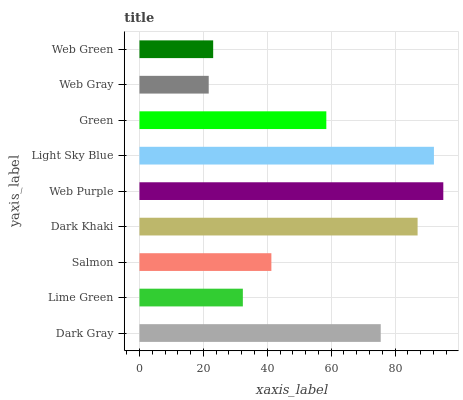
| yaxis_label | bars |
 | --- | --- |
 | Dark Gray | 75.5 |
 | Lime Green | 32.4 |
 | Salmon | 41.3 |
 | Dark Khaki | 87 |
 | Web Purple | 95.1 |
 | Light Sky Blue | 92.1 |
 | Green | 58.5 |
 | Web Gray | 21.7 |
 | Web Green | 23.1 |